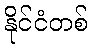
နိုင်ငံတစ်